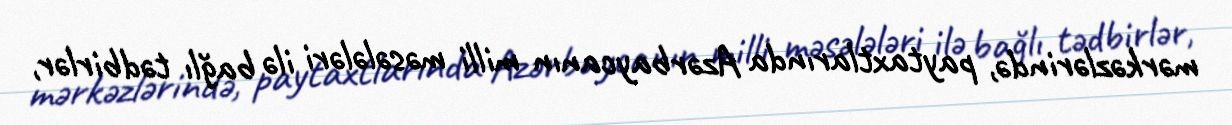
mərkəzlərində, paytaxtlarında Azərbaycanın milli məsələləri ilə bağlı tədbirlər,